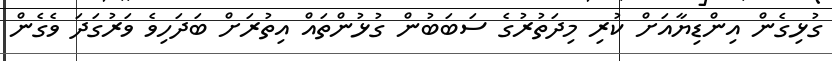
ގުޅިގެން އިންޑިޔާއަށް ކުރި މިދަތުރުގެ ސަބަބުން ގުޅުންތައް އިތުރަށް ބަދަހިވެ ވަރުގަދަ ވެގެން